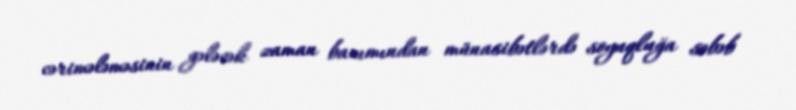
cərimələməsinin gələcək zaman baxımından münasibətlərdə soyuqluğa səbəb